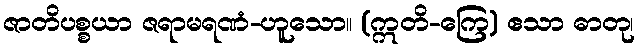
ဇာတိပစ္စယာ ဇရာမရဏံ-ဟူသော။ (ဣတိ-ကြေ) ဧသာ ဓာတု၊